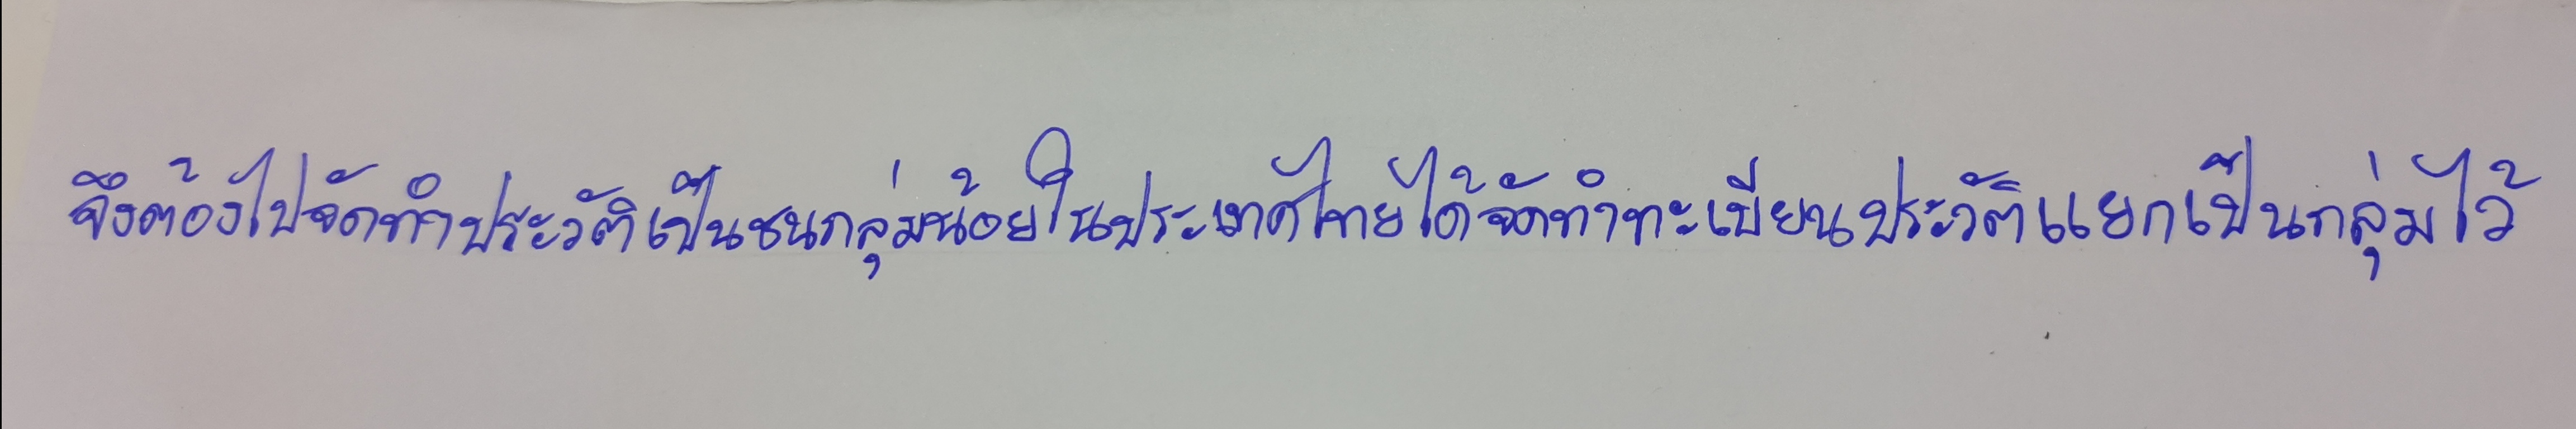
จึงต้องไปจัดทำประวัติเป็นชนกลุ่มน้อยในประเทศไทยได้จัดทำทะเบียนประวัติแยกเป็นกลุ่มไว้